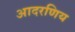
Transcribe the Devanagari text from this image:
आदरणिय